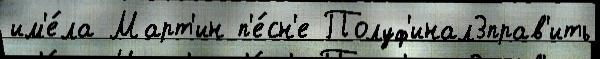
им'е́ла Март'ин п'е́сн'е Полуф'инал3прав'ить